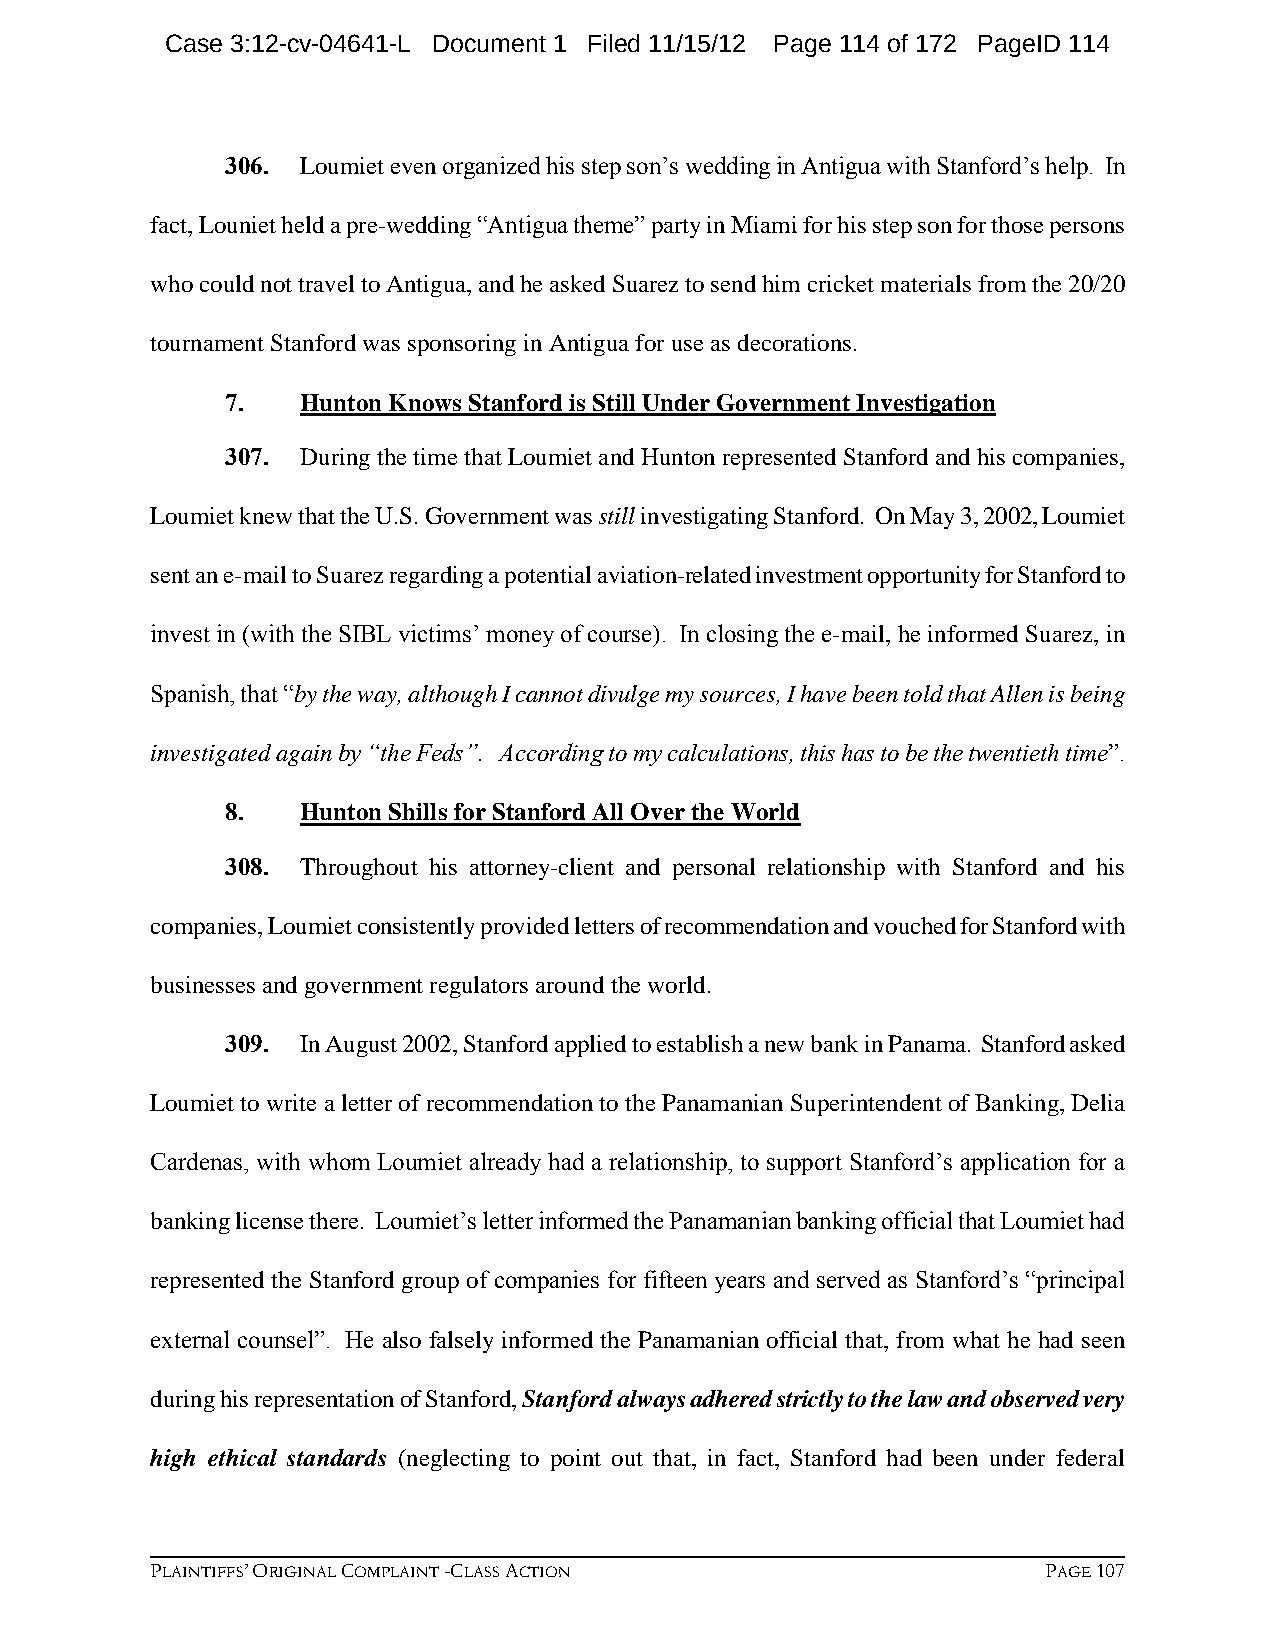
Case 3:12-cv-04641-L Document 1 Filed 11/15/12 Page 114 of 172 PageID 114
 306. Loumiet even organized his step son’s wedding in Antigua with Stanford’s help. In
 fact, Louniet held a pre-wedding “Antigua theme” party in Miami for his step son for those persons
 who could not travel to Antigua, and he asked Suarez to send him cricket materials from the 20/20
 tournament Stanford was sponsoring in Antigua for use as decorations.
 7.   Hunton Knows Stanford is Still Under Government Investigation
 307. During the time that Loumiet and Hunton represented Stanford and his companies,
 Loumiet knew that the U.S. Government was still investigating Stanford. On May 3, 2002, Loumiet
 sent an e-mail to Suarez regarding a potential aviation-related investment opportunity for Stanford to
 invest in (with the SIBL victims’ money of course). In closing the e-mail, he informed Suarez, in
 Spanish, that “by the way, although I cannot divulge my sources, I have been told that Allen is being
 investigated again by “the Feds”. According to my calculations, this has to be the twentieth time”.
 8.   Hunton Shills for Stanford All Over the World
 308. Throughout his attorney-client and personal relationship with Stanford and his
 companies, Loumiet consistently provided letters of recommendation and vouched for Stanford with
 businesses and government regulators around the world.
 309. In August 2002, Stanford applied to establish a new bank in Panama. Stanford asked
 Loumiet to write a letter of recommendation to the Panamanian Superintendent of Banking, Delia
 Cardenas, with whom Loumiet already had a relationship, to support Stanford’s application for a
 banking license there. Loumiet’s letter informed the Panamanian banking official that Loumiet had
 represented the Stanford group of companies for fifteen years and served as Stanford’s “principal
 external counsel”. He also falsely informed the Panamanian official that, from what he had seen
 during his representation of Stanford, Stanford always adhered strictly to the law and observed very
 high ethical standards (neglecting to point out that, in fact, Stanford had been under federal
 PLAINTIFFS’ ORIGINAL COMPLAINT -CLASS ACTION               PAGE 107